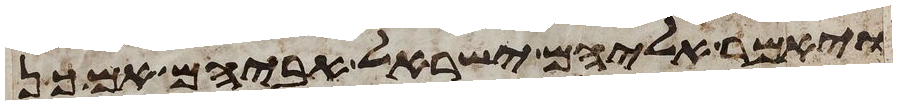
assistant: ויאמר אליהם ישראל אביהם אם כן